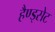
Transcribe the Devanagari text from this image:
हैण्ड्सेट